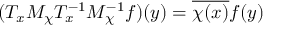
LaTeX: ( T _ { x } M _ { \chi } T _ { x } ^ { - 1 } M _ { \chi } ^ { - 1 } f ) ( y ) = { \overline { { \chi ( x ) } } } f ( y )